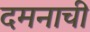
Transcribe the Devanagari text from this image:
दमनाची